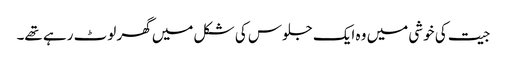
جیت کی خوشی میں وہ ایک جلوس کی شکل میں گھر لوٹ رہے تھے۔